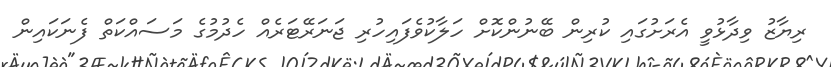
ރިޔާޒު ވިދާޅުވީ އެރަށުގައި ކުރިން ބޭނުންކޮށް ހަލާކުވެފައިހުރި ޖަނަރޭޓަރެއް ހެދުމުގެ މަަސައްކަތް ފެނަކައިން